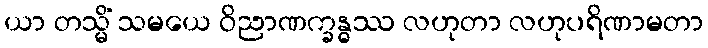
ယာ တသ္မိံ သမယေ ဝိညာဏက္ခန္ဓဿ လဟုတာ လဟုပရိဏာမတာ